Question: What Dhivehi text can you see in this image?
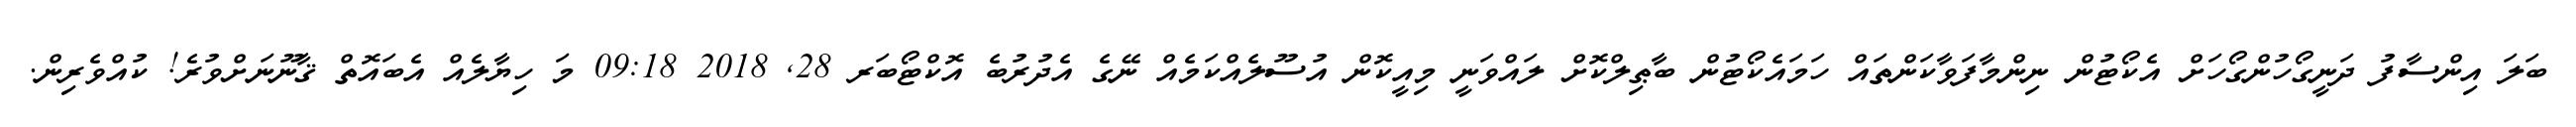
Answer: ބަލަ އިންސާފު ދަނީގޯހުންގޯހަށް އެކޯޓުން ނިންމާފަވާކަންތައް ހަމައެކޯޓުން ބާޠިލްކޮށް ލައްވަނީ މިއީކޮން އުސޫލެއްކަމެއް ނޭގެ އެދުރުބެ އޮކްޓޯބަރ 28, 2018 09:18 މަ ހިޔާލެއް އެބައޮތް ޤާނޫނަށްވުރެ! ކުއްވެރިން.